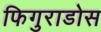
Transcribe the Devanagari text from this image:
फिगुराडोस